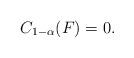
LaTeX: \begin{align*}C_{1-\alpha}(F)=0.\end{align*}